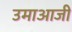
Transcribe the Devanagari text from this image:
उमाआजी